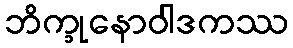
ဘိက္ခုနောဝါဒကဿ